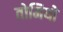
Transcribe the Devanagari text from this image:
तोमियो